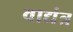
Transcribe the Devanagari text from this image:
वाद्यंत्र